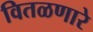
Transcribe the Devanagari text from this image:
वितळणारे